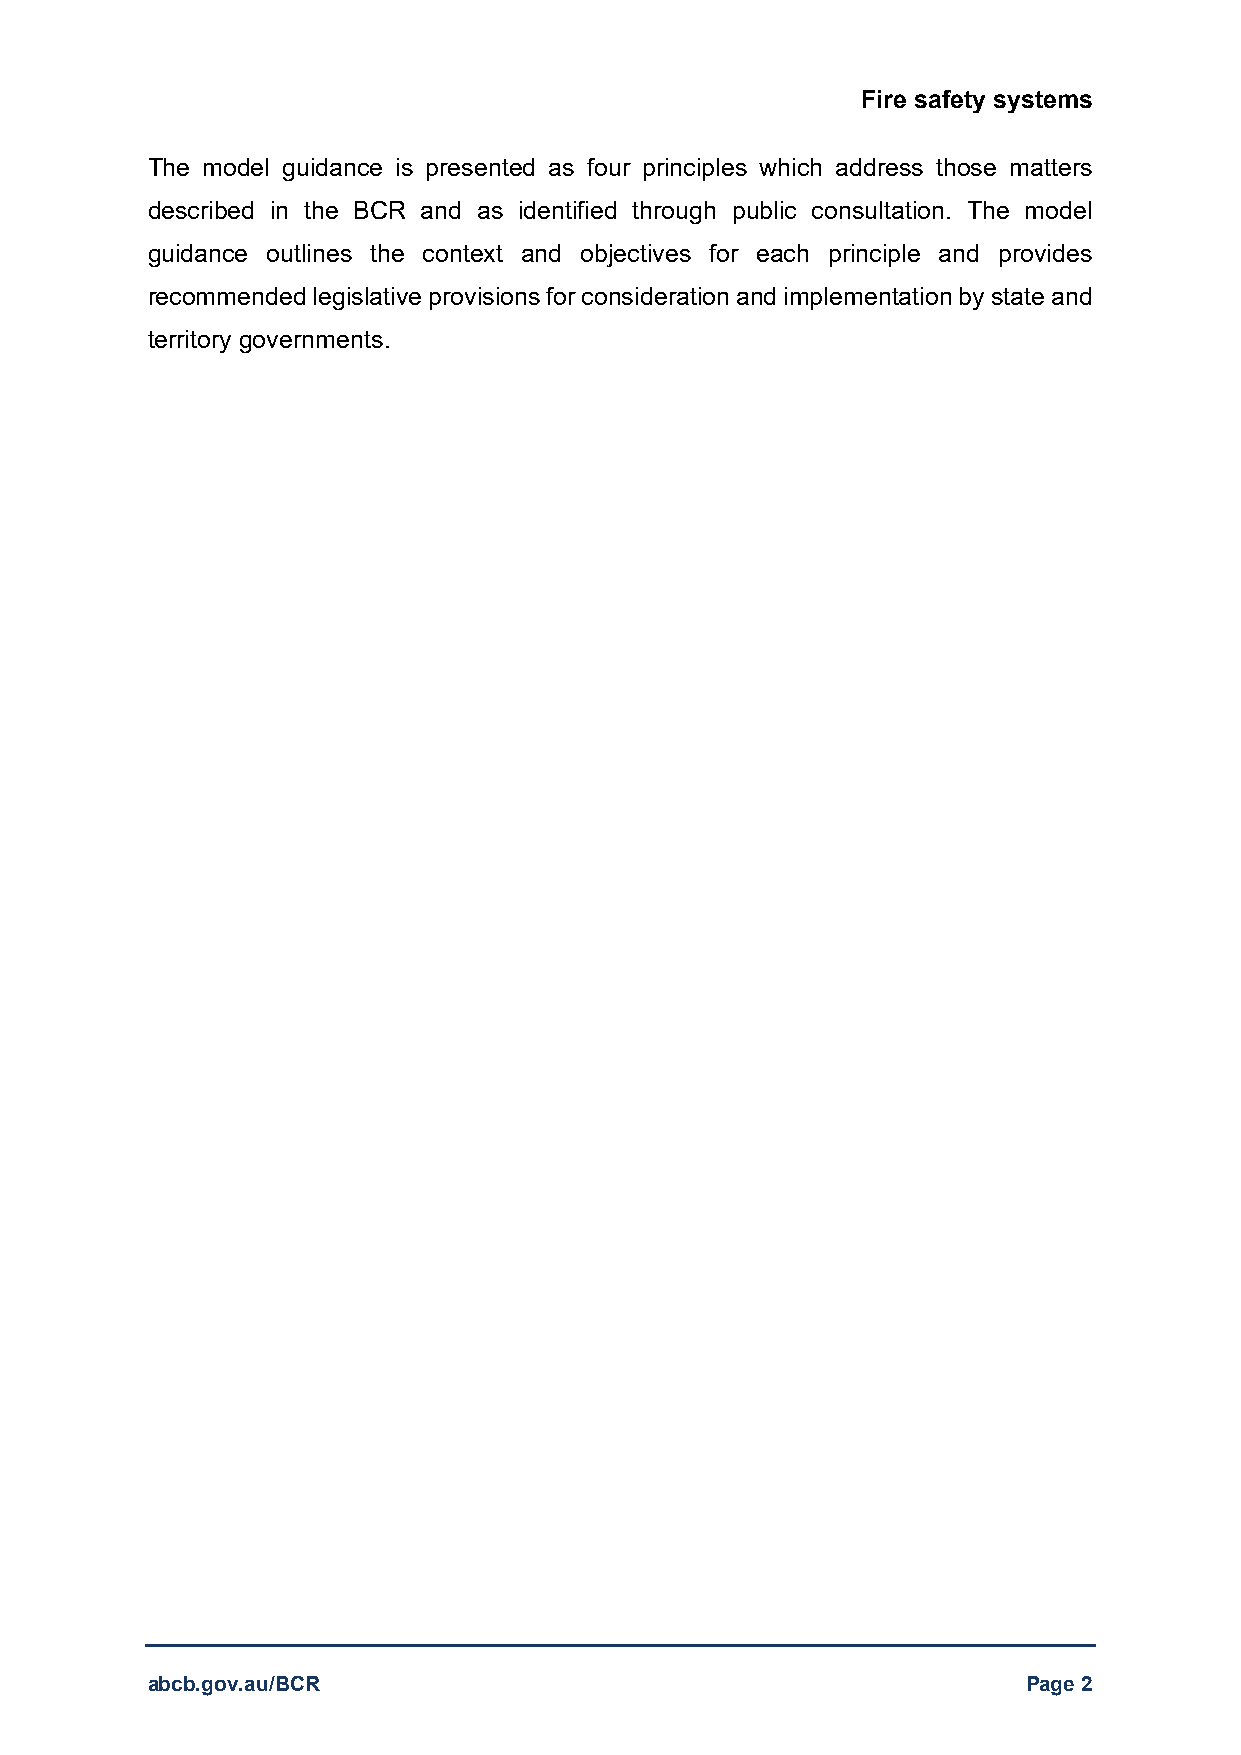
Fire safety systems
 The model guidance is presented as four principles which address those matters
 described in the BCR and as identified through public consultation. The model
 guidance outlines the context and objectives for each principle and provides
 recommended legislative provisions for consideration and implementation by state and
 territory governments.
 abcb.gov.au/BCR                                           Page 2